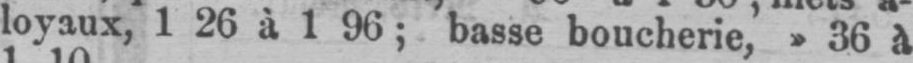
loyaux, 1 26 à 1 96; basse boucherie,»36 a